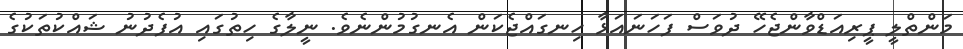
މަންތްލީ ޕީރިއަޑްވާންޖެހޭ ދުވަސް ފަހަނައަޅާ ހިނގައްޖެކަން އެނގުމުންނެވެ. ނީލާގެ ހިތުގައި އުފެދުނު ޝައްކުތަކުގެ